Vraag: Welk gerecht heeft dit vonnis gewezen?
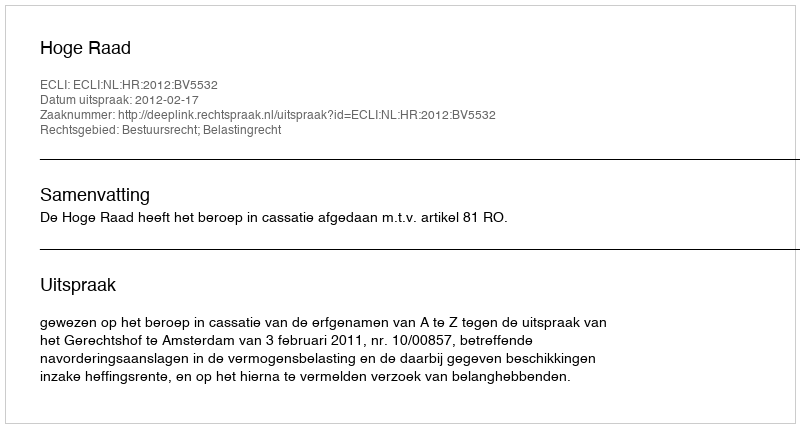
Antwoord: Hoge Raad